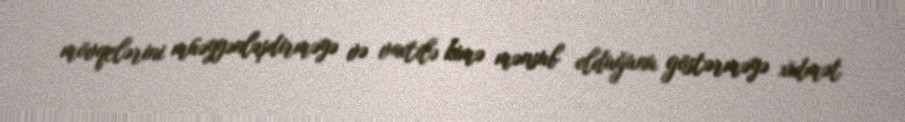
mövqelərini müəyyənləşdirməyə və vaxtilə kimə mənsub olduğunu göstərməyə xidmət